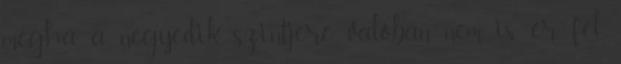
mégha a negyedik szintjére valóban nem is ér fel.